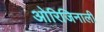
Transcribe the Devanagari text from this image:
ओरिजिनाली